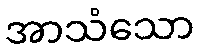
အာသံသော